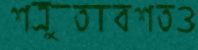
শত্রুতাবশতও